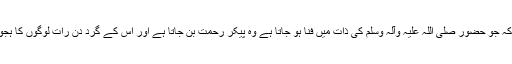
انہوں نے کہا کہ جو حضور صلی اللہ علیہ وآلہ وسلم کی ذات میں فنا ہو جاتا ہے وہ پیکر رحمت بن جاتا ہے اور اس کے گرد دن رات لوگوں کا ہجوم نظر آتا ہے۔